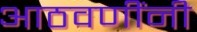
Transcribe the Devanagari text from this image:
आठवणींनी